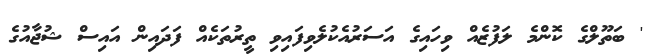
' ބަތޫލްގެ ކޮންމެ ލަފުޒެއް ވިހައިގެ އަސަރުއެކުލެވިފައިވި ތީރުތަކެއް ފަދައިން އައިސް ޝުޖާއުގެ